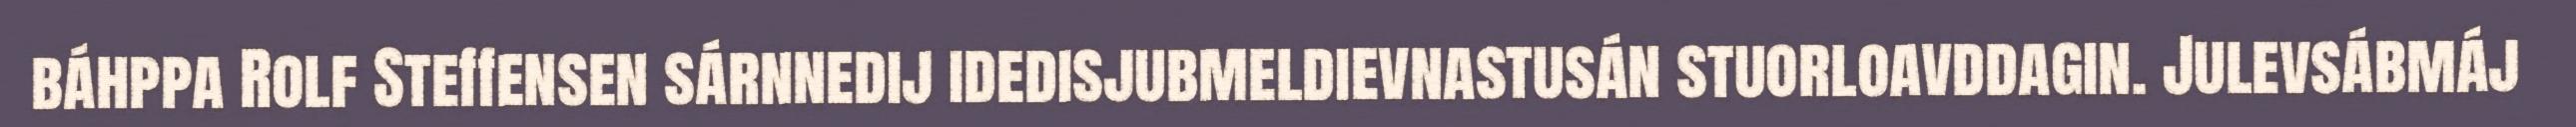
báhppa Rolf Steffensen sárnnedij idedisjubmeldievnastusán stuorloavddagin. Julevsábmáj